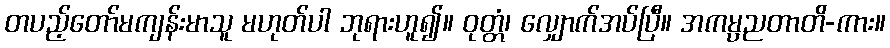
တပည့်တော်မကျန်းမာသူ မဟုတ်ပါ ဘုရားဟူ၍။ ဝုတ္တံ၊ လျှောက်အပ်ပြီ။ အကမ္ပညတာတိ-ကား။